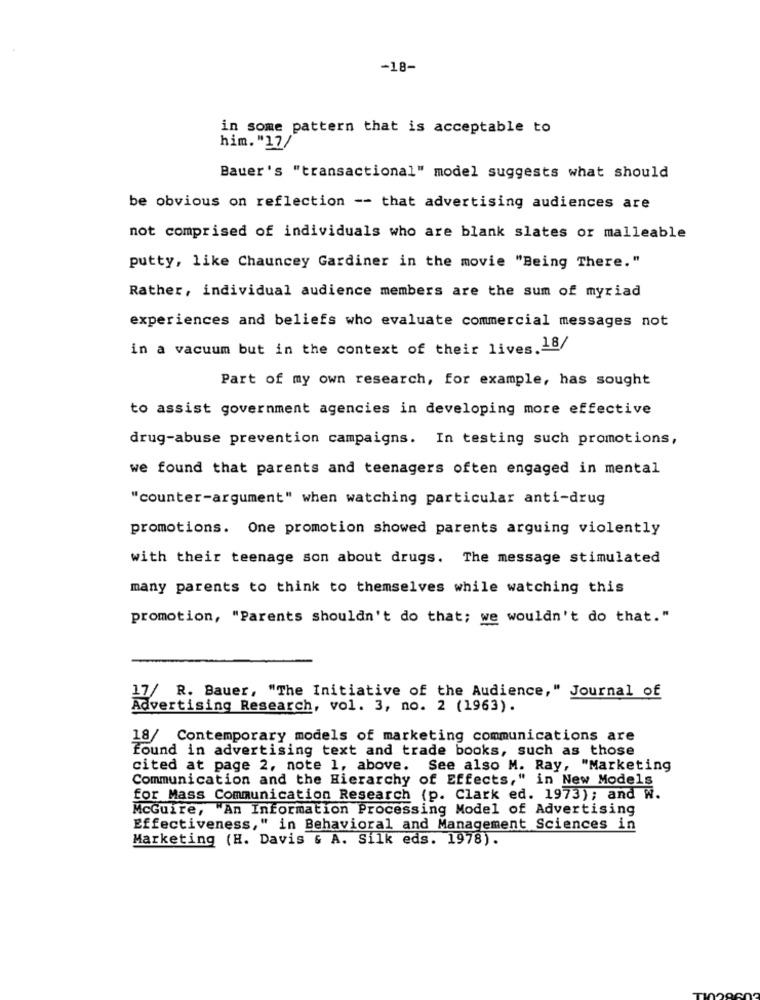
-18-
in some pattern that is acceptable to
him. "17/
Bauer's "transactional" model suggests what should
be obvious on reflection -- that advertising audiences are
not comprised of individuals who are blank slates or malleable
putty, like Chauncey Gardiner in the movie "Being There."
Rather, individual audience members are the sum of myriad
experiences and beliefs who evaluate commercial messages not
in a vacuum but in the context of their lives.18/
Part of my own research, for example, has sought
to assist government agencies in developing more effective
drug-abuse prevention campaigns. In testing such promotions,
we found that parents and teenagers often engaged in mental
"counter-argument" when watching particular anti-drug
promotions. One promotion showed parents arguing violently
with their teenage son about drugs. The message stimulated
many parents to think to themselves while watching this
promotion, "Parents shouldn't do that; we wouldn't do that."
17/ R. Bauer, "The Initiative of the Audience," Journal of
Advertising Research, vol. 3, no. 2 (1963).
18/ Contemporary models of marketing communications are
found in advertising text and trade books, such as those
cited at page 2, note 1, above. See also M. Ray, "Marketing
Communication and the Hierarchy of Effects," in New Models
for Mass Communication Research (p. Clark ed. 1973); and W.
McGuire, "An Information Processing Model of Advertising
Effectiveness," in Behavioral and Management Sciences in
Marketing (H. Davis & A. Silk eds. 1978).